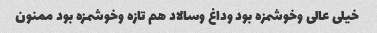
خیلی عالی وخوشمزه بود وداغ وسالاد هم تازه وخوشمزه بود ممنون